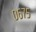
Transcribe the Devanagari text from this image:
०६७५